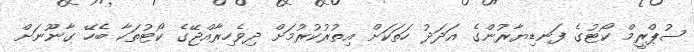
ސުޕްރީމް ކޯޓުގެ ފަނޑިޔާރުންގެ އަދަދު ހަތަކަށް އިތުރުކުރުމަށް ދިވެހިރާއްޖޭގެ ކޯޓުތަކާ ބެހޭ ގާނޫނަށް